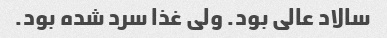
سالاد عالی بود. ولی غذا سرد شده بود.